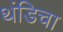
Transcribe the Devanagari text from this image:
थंडिचा